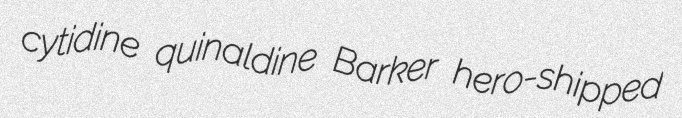
cytidine quinaldine Barker hero-shipped